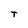
Character: T